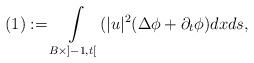
\begin{align*}(1):=\int\limits_{B\times ]-1,t[}(|u|^2(\Delta\phi+\partial_{t}\phi)dxds,\end{align*}